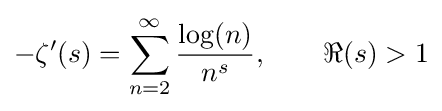
-\zeta '(s)=\sum _{n=2}^{\infty }{\frac {\log(n)}{n^{s}}},\qquad \Re (s)>1